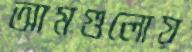
আমগুলোয়